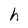
Character: h